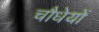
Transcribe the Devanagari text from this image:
चौधेयों